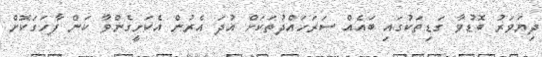
ދިޔަވަރު ބޮޑުވާ ގަޑިތަކުގައި ބައެއް ސަރަހައްދުތަކަށް އުދަ އެރުން އެކަށީގެންވާ ކަން ފާހަގަކޮށް